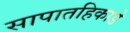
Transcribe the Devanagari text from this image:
सापातहिकाडे